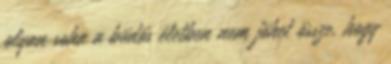
olyan soha a büdös életben nem jöhet össze, hogy